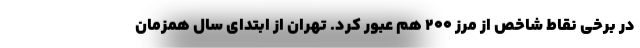
در برخی نقاط شاخص از مرز ۲۰۰ هم عبور کرد. تهران از ابتدای سال همزمان